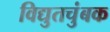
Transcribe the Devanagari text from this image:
विद्युतचुंबक